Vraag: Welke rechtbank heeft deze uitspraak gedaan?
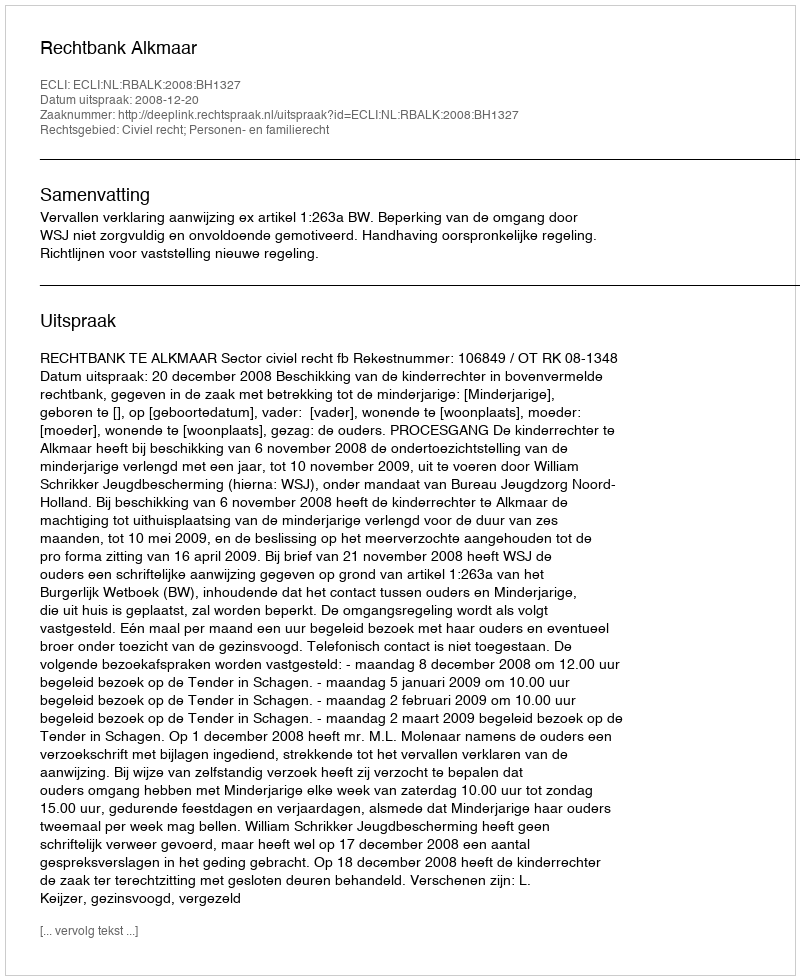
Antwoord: Rechtbank Alkmaar